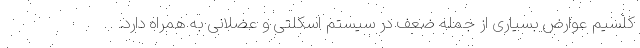
کلسیم عوارض بسیاری از جمله ضعف در سیستم اسکلتی و عضلانی به همراه دارد.